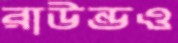
রাউন্ডও